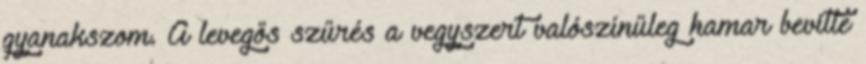
gyanakszom. A levegős szűrés a vegyszert valószínűleg hamar bevitte